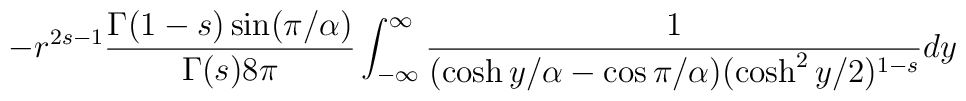
-r^{2s-1} {{\Gamma (1-s)\sin  (\pi/\alpha) }\over {\Gamma (s) 8\pi }}\int_{-\infty}^{\infty}{1 \over{(\cosh y/\alpha - \cos \pi/\alpha )(\cosh^2 y/2)^{1-s}}} dy